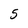
Character: 5